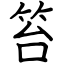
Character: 笞